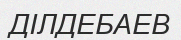
ДІЛДЕБАЕВ